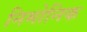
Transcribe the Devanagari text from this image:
निमोनिक